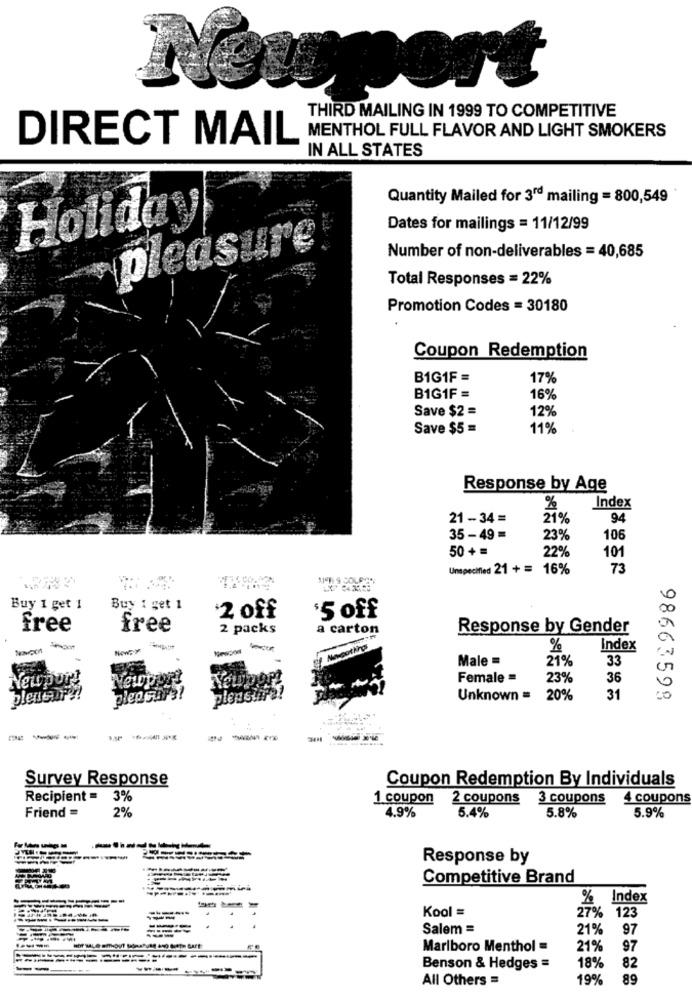
THIRD MAILING IN 1999 TO COMPETITIVE
MENTHOL FULL FLAVOR AND LIGHT SMOKERS
DIRECT MAIL
IN ALL STATES
Quantity Mailed for 3rd mailing = 800,549
Holiday
Dates for mailings = 11/12/99
please
Number of non-deliverables = 40,685
Total Responses = 22%
Promotion Codes = 30180
Coupon Redemption
B1G1F =
17%
B1G1F =
16%
Save $2 =
12%
Save $5 =
11%
Response by Age
%
Index
21 - 34 =
21%
94
35 -49 =
23%
106
50+ =
22%
101
Unspecified 21 + = 16%
73
Buy 1 get 1
Buy 1 get 1
2 off
$5 off
free
free
2 packs
a carton
Response by Gender
%
Index
Male
21%
33
Newport
Newport
Female =
23%
36
plencure
pleasure
pleasmme
Unknown =
20%
31
98663598
---
Survey Response
Coupon Redemption By Individuals
Recipient = 3%
1 coupon 2 coupons
3 coupons
4 coupons
Friend =
2%
5.8%
4.9%
5.4%
5.9%
Response by
Competitive Brand
Index
Kool =
27%
123
----
Salem =
21%
97
Marlboro Menthol =
21%
97
---
Benson & Hedges =
18%
82
All Others =
19%
89